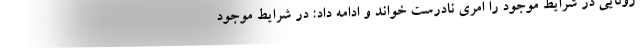
رونایی در شرایط موجود را امری نادرست خواند و ادامه داد: در شرایط موجود